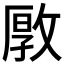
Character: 𱡞